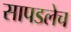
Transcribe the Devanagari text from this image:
सापडलेच